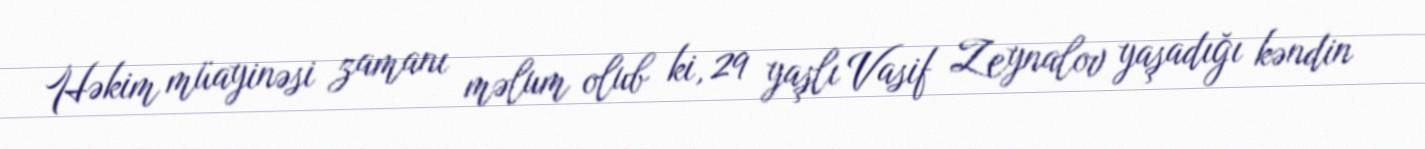
Həkim müayinəsi zamanı məlum olub ki, 29 yaşlı Vasif Zeynalov yaşadığı kəndin